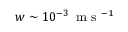
w \sim 1 0 ^ { - 3 } \, \mathrm { ~ m ~ s ~ } ^ { - 1 }